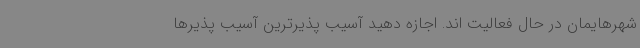
شهرهایمان در حال فعالیت اند. اجازه دهید آسیب پذیرترین آسیب پذیرها